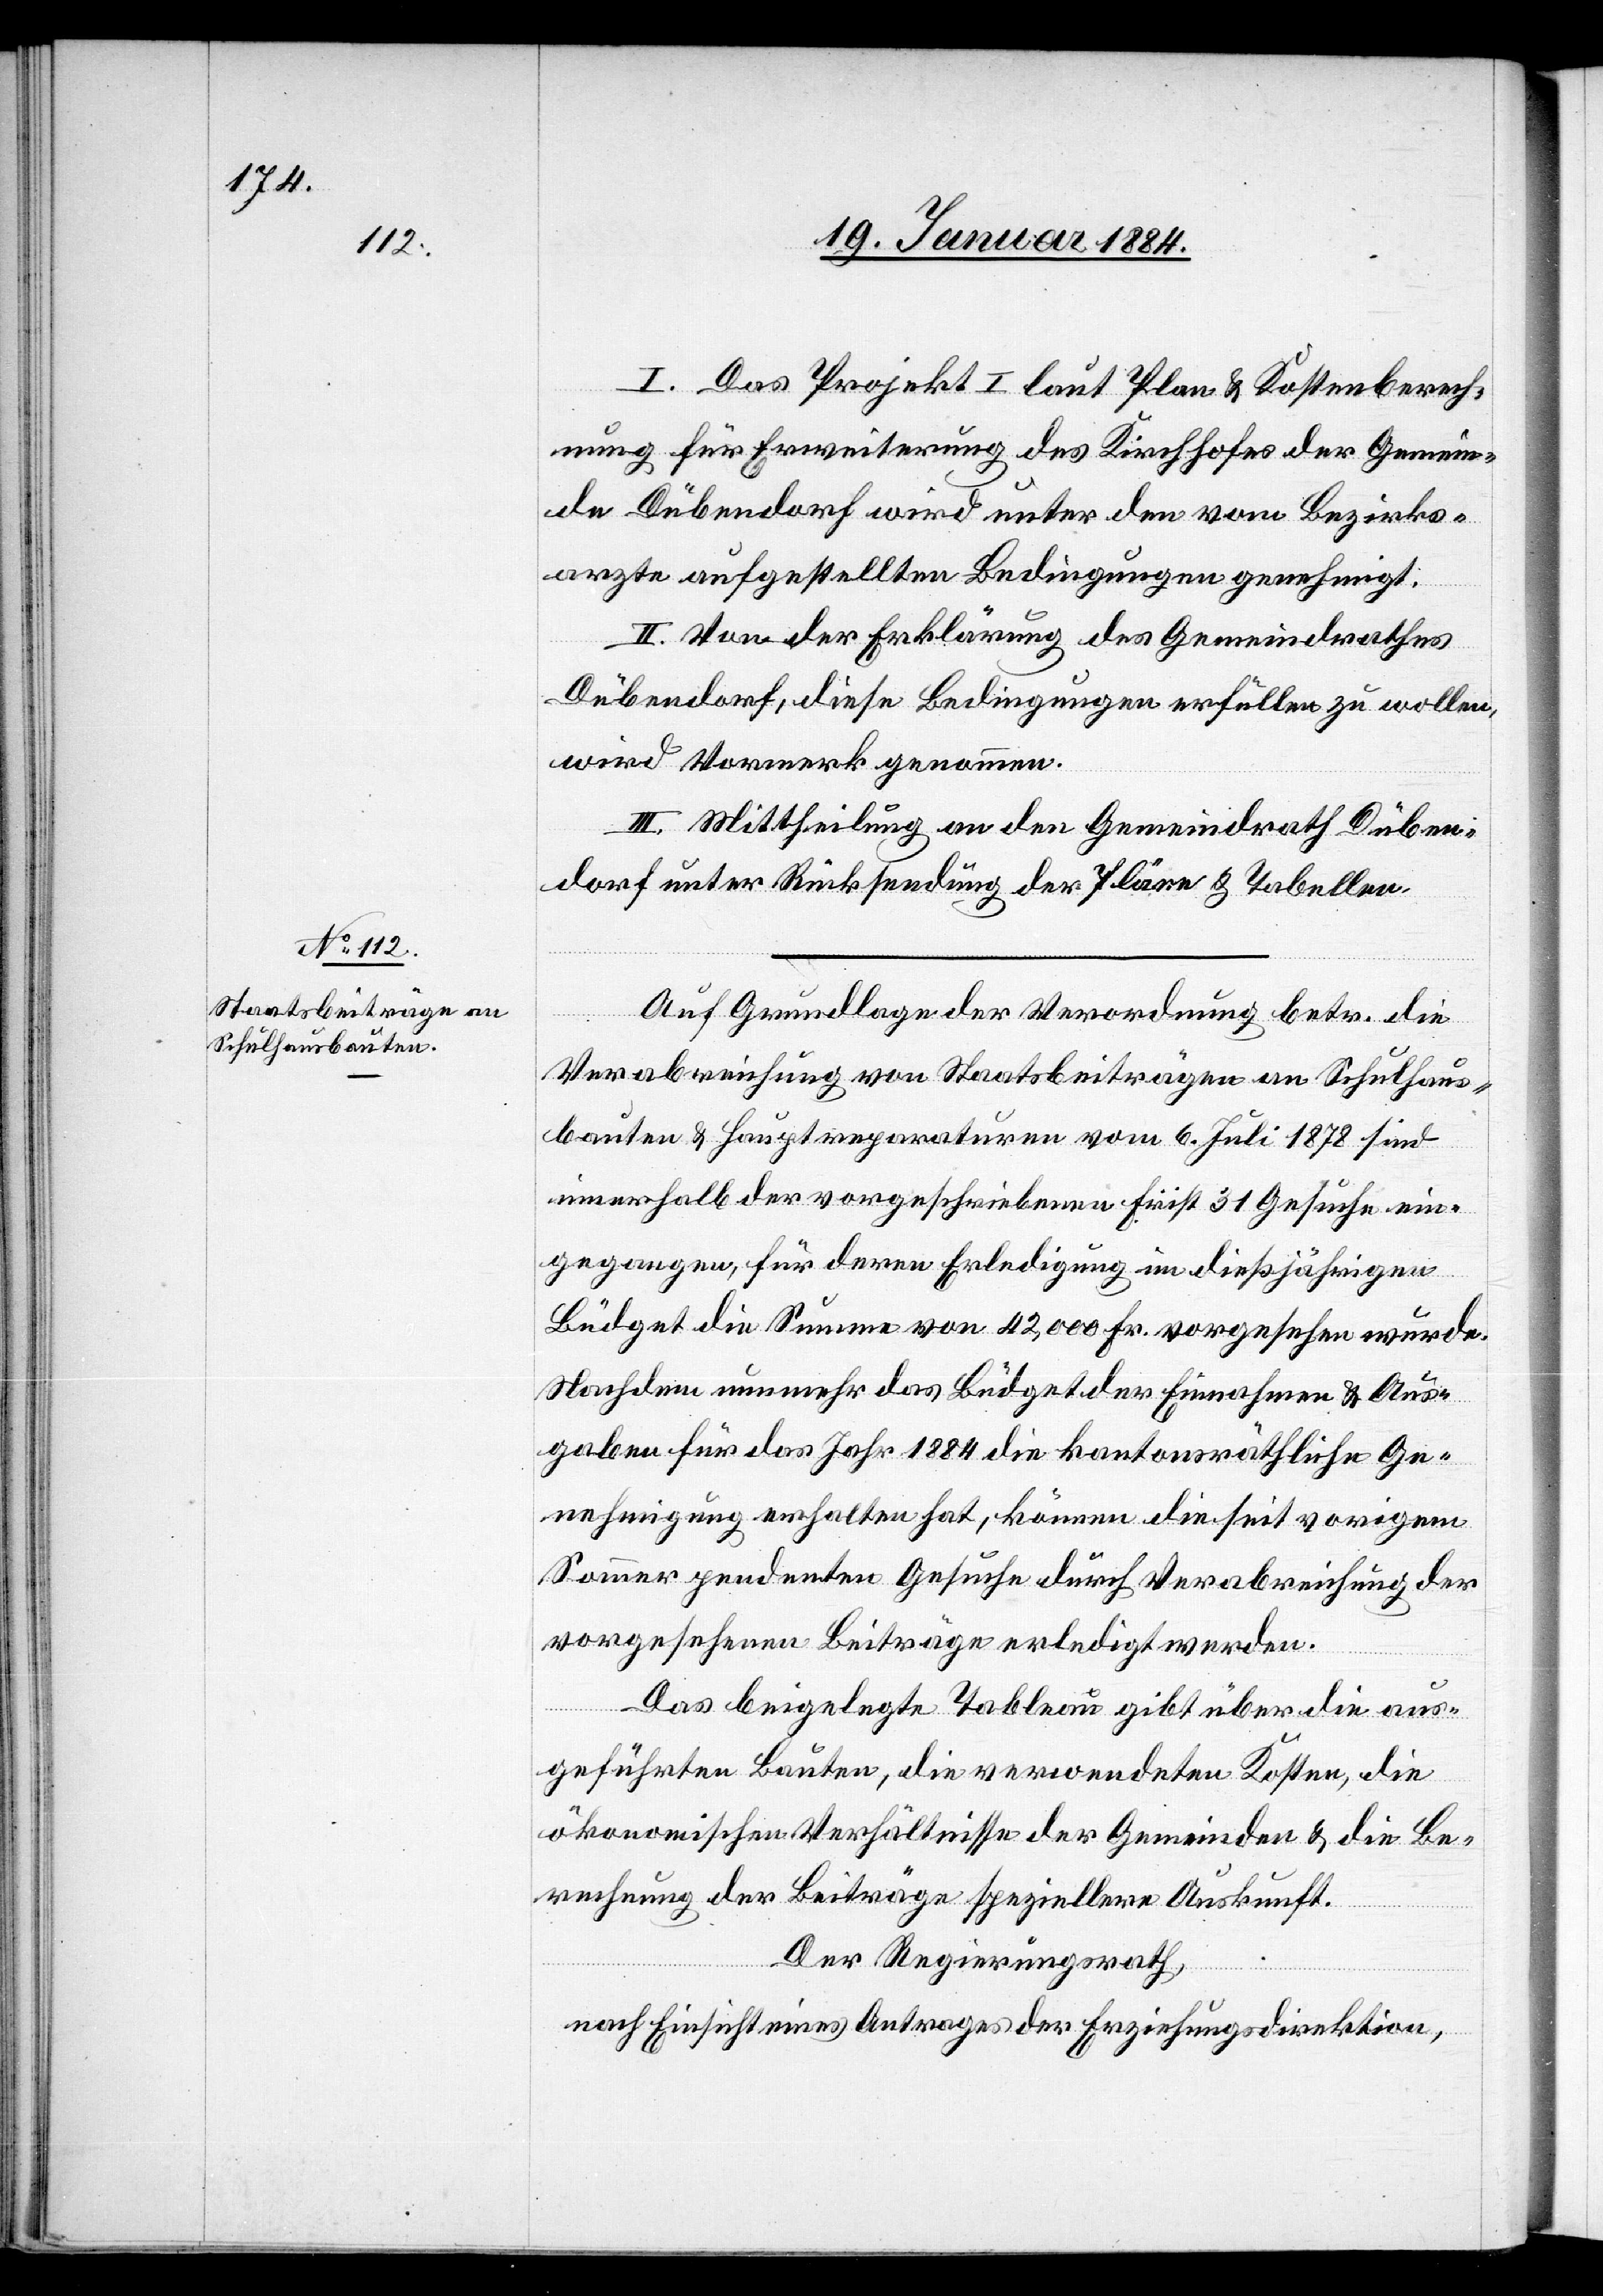
I. Das Projekt I laut Plan & Kostenberech¬
nung für Erweiterung des Kirchhofes der Gemein¬
de Dübendorf wird unter den vom Bezirks¬
arzte aufgestellten Bedingungen genehmigt.
II. Von der Erklärung des Gemeindrathes
Dübendorf, diese Bedingungen erfüllen zu wollen,
wird Vormerk genommen.
III. Mittheilung an den Gemeindrath Düben¬
dorf unter Rücksendung der Pläne & Tabellen.
Auf Grundlage der Verordnung betr. die
Verabreichung von Staatsbeiträgen an Schulhaus¬
bauten & Hauptreparaturen vom 6. Juli 1878 sind
innerhalb der vorgeschriebenen Frist 31 Gesuche ein¬
gegangen, für deren Erledigung im dießjährigen
Büdget die Summe von 42,000 Fr. vorgesehen wurde.
Nachdem nunmehr das Büdget der Einnahmen & Aus¬
gaben für das Jahr 1884 die kantonsräthliche Ge¬
nehmigung erhalten hat, können die seit vorigem
Sommer pendenten Gesuche durch Verabreichung der
vorgesehenen Beiträge erledigt werden.
Das beigelegte Tableau gibt über die aus¬
geführten Bauten, die verwendeten Kosten, die
ökonomischen Verhältnisse der Gemeinden & die Be¬
rechnung der Beiträge speziellere Auskunft.
Der Regierungsrath,
nach Einsicht eines Antrages der Erziehungsdirektion,